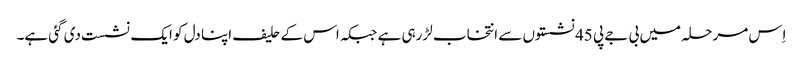
اِس مرحلہ میں بی جے پی 45 نشستوں سے انتخاب لڑرہی ہے جبکہ اس کے حلیف اپنا دل کو ایک نشست دی گئی ہے۔